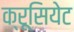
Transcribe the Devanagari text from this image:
क्रूसियेट